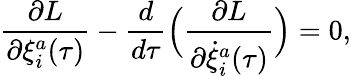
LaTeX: \frac{\partial L}{\partial\xi_{i}^{a}(\tau)}-\frac{d}{d\tau}\Big(\frac{\partial L}{\partial\dot{\xi}_{i}^{a}(\tau)}\Big)=0,